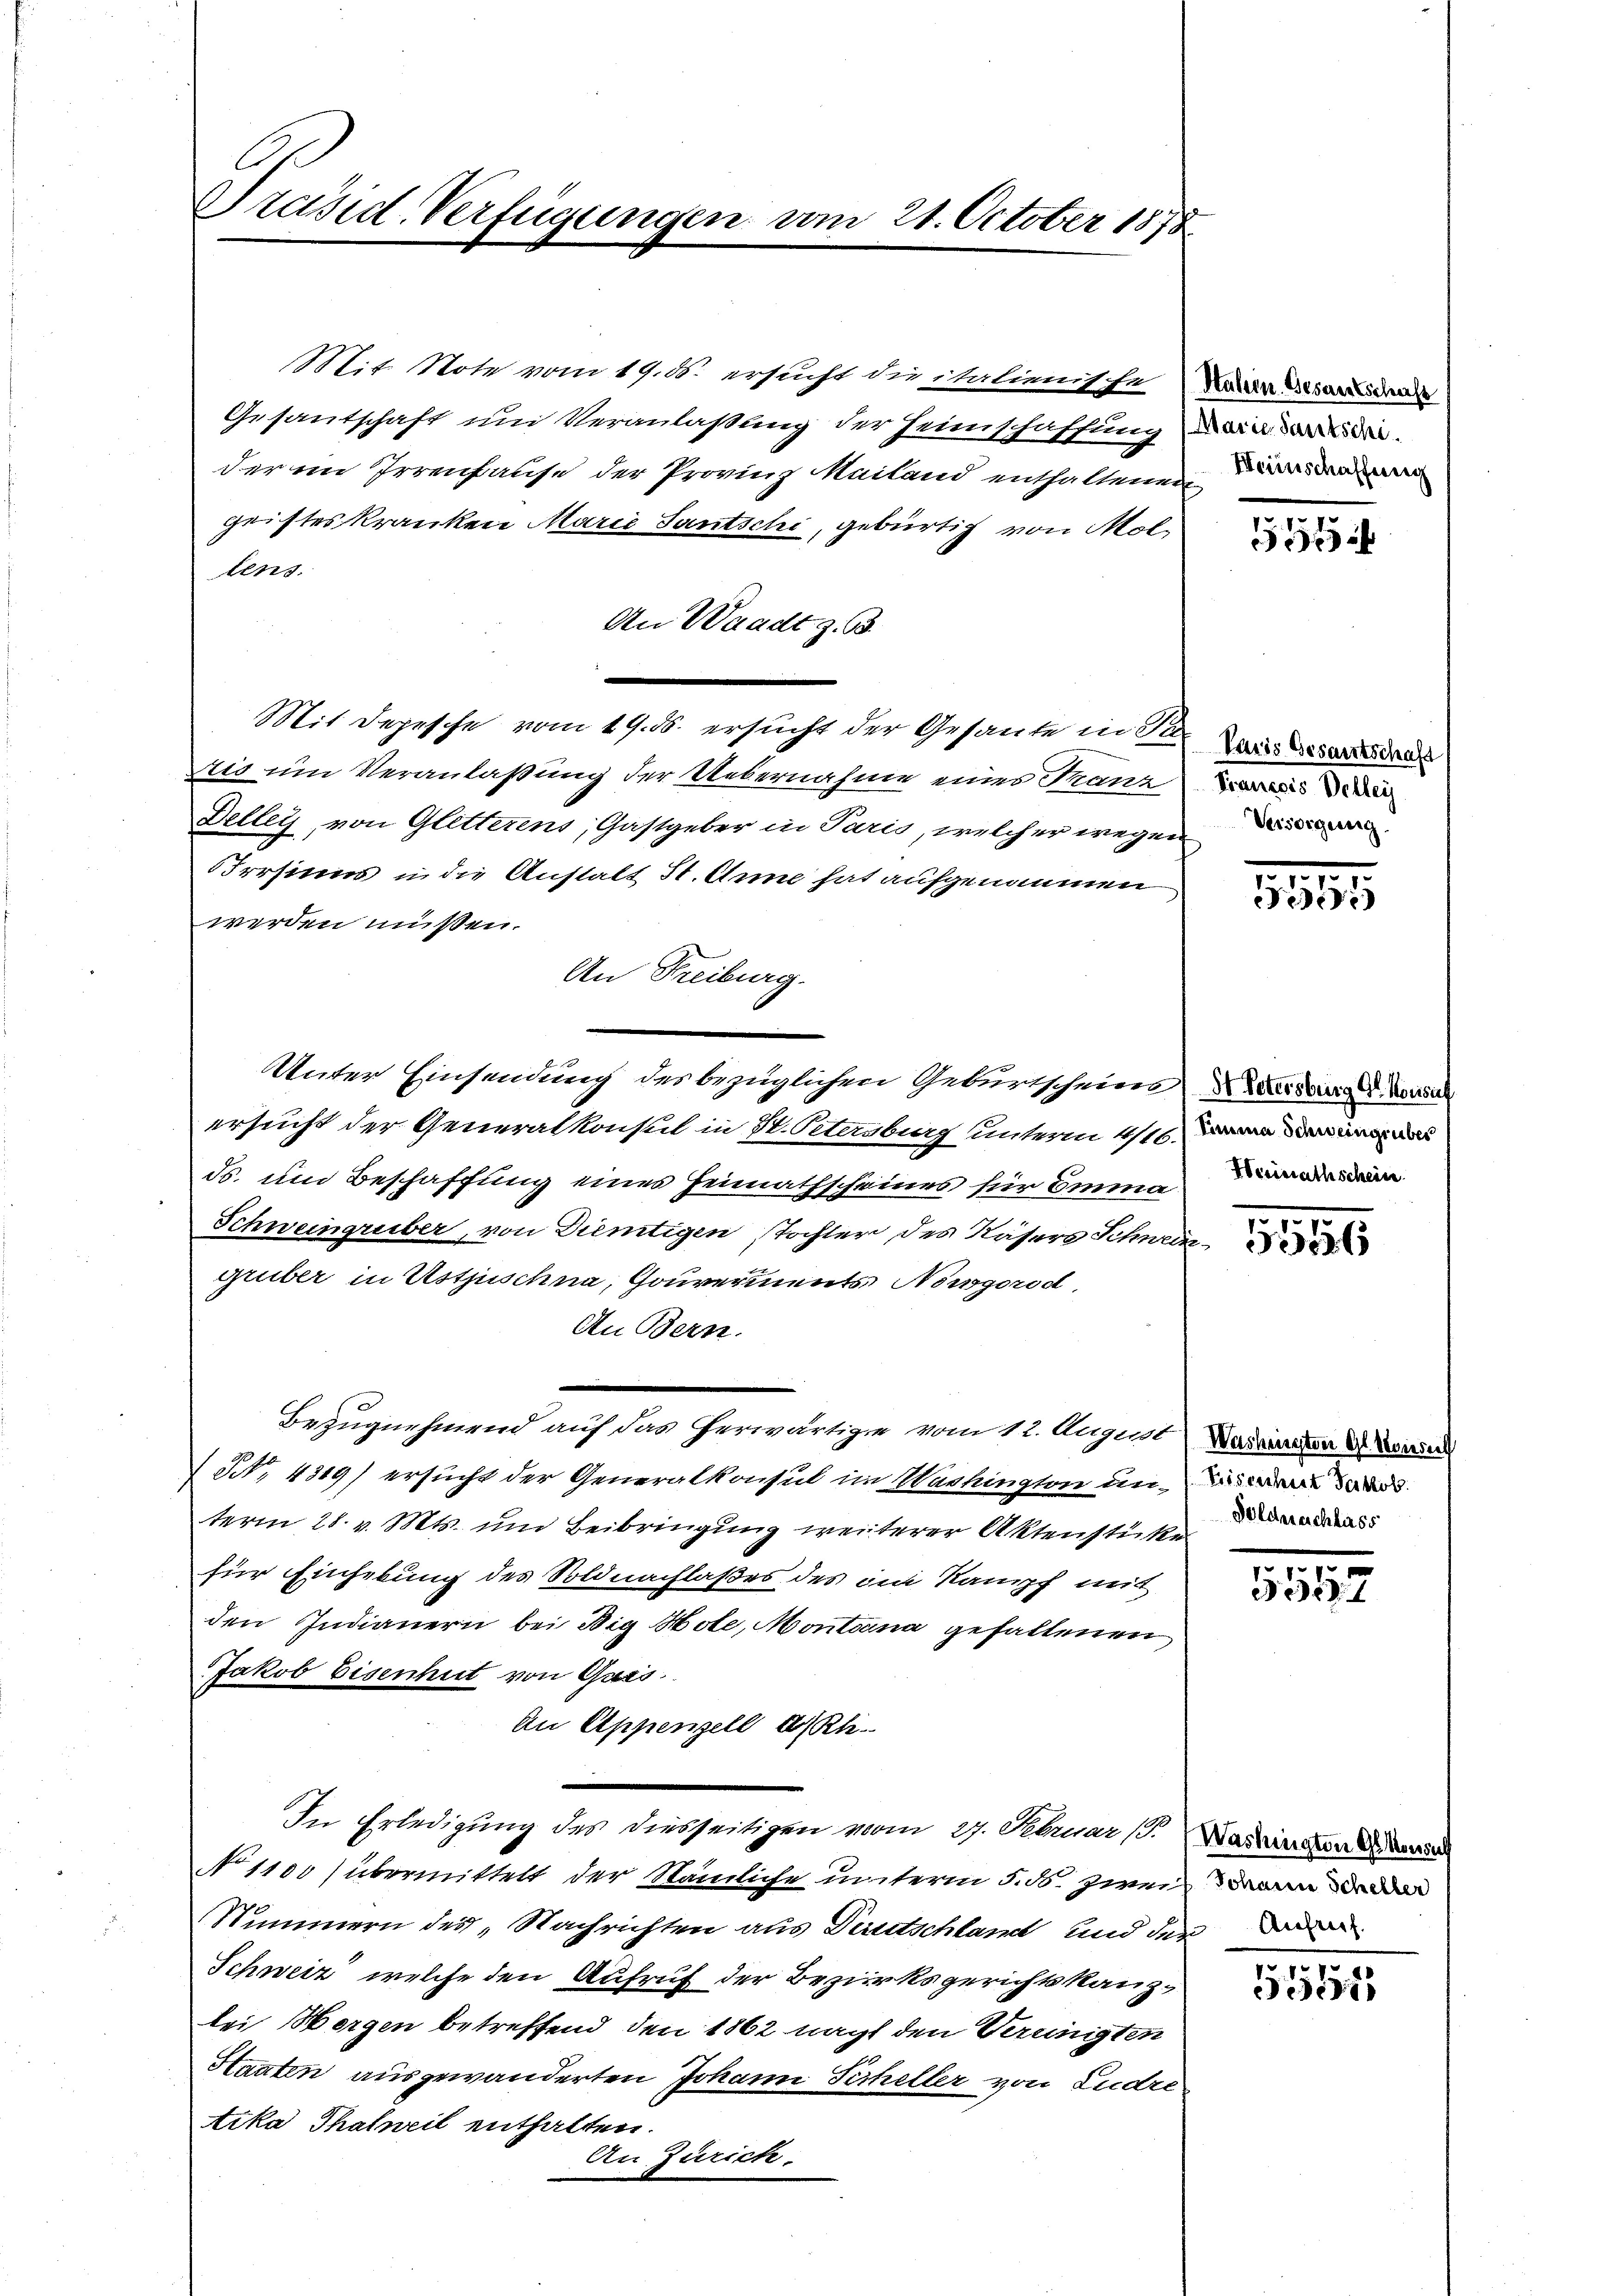
Präsid. Verfügungen vom 21. October 1878

Mtit. Mote vom 19. 18. ersucht die Stalienische Sara Arsendende
Gesantschaft und Veranlaßung der Feinschaffung wir die
der im Irrenhause der Provinz Mailand enthaltenen de
geistes kranken Marie Santschi, gebürtig von Mol
tens.
An Waadt z. B.
Mit Depesche vom 19. ds. ersucht der Gesante in 2 wie de
Ais um Veranlaßung der Uebernahme eines Franz
Detley, von Gletterens, Gastgeber in Paris, welcher wegen der
rrsinns in die Anstalt St. Anne hat aufgenommen
werden müssen.
An Freiburg.
Vater Einsendung des bezüglichen Geburtscheine Dr. Aber derold Vor
ersucht der Generalkonsul in St. Petersburg unterm 4/16.
ds. und Beschaffung eines Heimathscheines für Emma
Schweingruber, von Dientigen stochter des Kasers Schweingruber in Ustjuschna, Gouverments Nowgorod
An Bern.
Bezugnehmend auf das herwärtigen vom 12. August Harrirten derse
( NNo. 4319) ersucht der Generalkonsul in Washingten une dad
term 28. v. Mts. und Beibringung weiterer Aktenstücke
für Einhebung des Soldnachlaßes des im Kampf mit
den Indianern bei Big Hole, Montana gehaltenen
Jakob Eisenhut von Gais
An Appenzell a/Rh.
In Erledigung des Diesseitigen vom 27. Februar (S. Wartineten di
No 1100) übermittelt der Stämliche unterm 5. ds. zwei dann ander
Nummern des „Nachrichten aus Deutschland und der Tode
Schweiz, welche den Aufruf der Bezirksgerichtskanzbei Morgen betreffend den 1862 nacht den Vereinigten
Staaten ausgewanderten Johann Sicheller von Ludre
tika Thalweil enthalten.
An Zürich.

xx

Mauere Dellig

55594

5556

Doldnachliess

5557

107
e